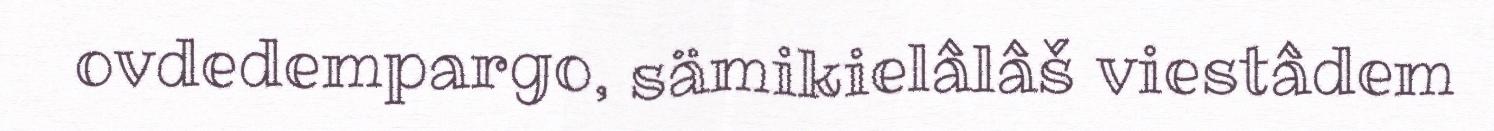
ovdedempargo, sämikielâlâš viestâdem